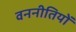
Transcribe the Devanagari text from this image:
वननीतियों